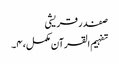
صفدر قریشی
تفہیم القرآن مکمل، ۴۔